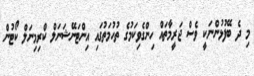
މި ދެ ބޭފުޅުންނަކީ ވެސް ޖަރީމާތައް ހިންގެވިކަމުގެ ތުހުމަތުގައި އިންޓަނޭޝަނަލް ކްރިމިނަލް ކޯޓުން